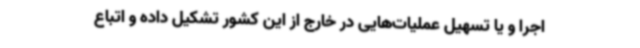
اجرا و یا تسهیل عملیات‌هایی در خارج از این کشور تشکیل داده و اتباع